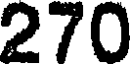
270